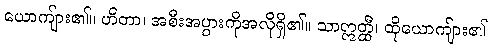
ယောကျ်ား၏။ ဟိတာ၊ အစီးအပွားကိုအလိုရှိ၏။ သာဣတ္ထီ၊ ထိုယောကျ်ား၏